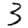
Digit: 3